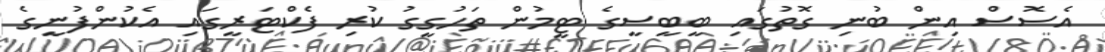
އެސޮސް އިން ބުނި ގޮތުގައި ބީބީސީގެ ޓީމުން ތަހުގީގު ކުރި ފެކްޓަރީގައި އެކުންފުނީގެ